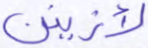
لأزينن